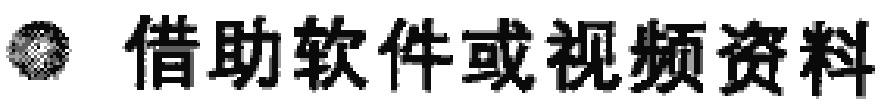
借助软件或视频资料